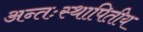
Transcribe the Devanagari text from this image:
अन्तःस्थापितीय